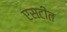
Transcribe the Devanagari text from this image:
एसटीत